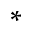
^ *